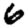
Digit: 6